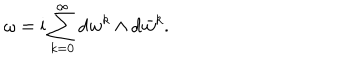
\omega = \mathrm { i } \sum _ { k = 0 } ^ { \infty } \mathrm { d } w ^ { k } \wedge \mathrm { d } \bar { w } ^ { k } .